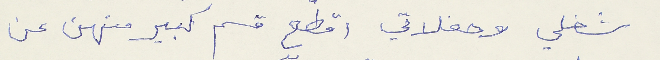
شغلي وحفلاتي اقطع قسم كبير منهن عن